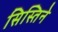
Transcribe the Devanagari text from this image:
सिस्तिने